Lunatic asylums Punjab 1881-1894 - 1881-1894
Year: 1881
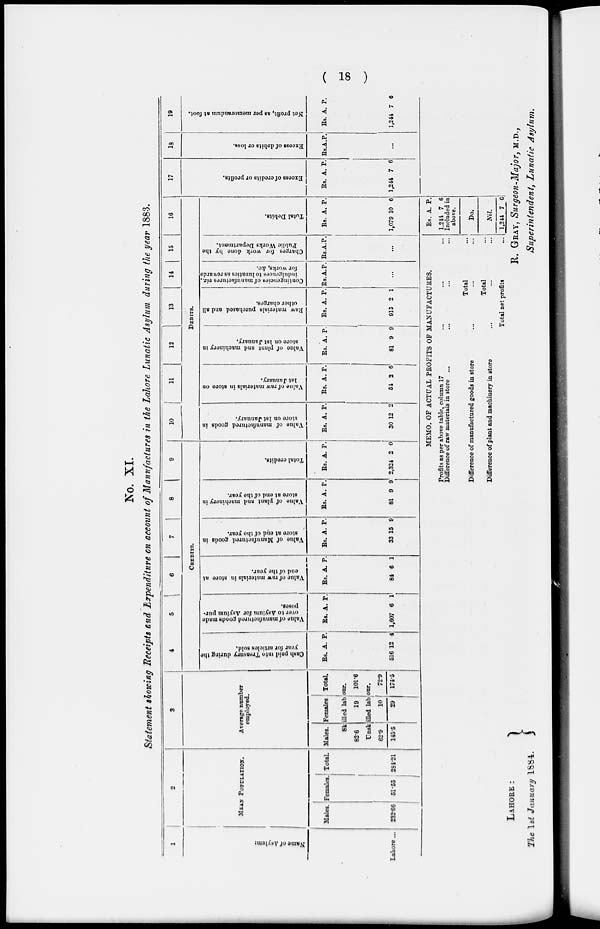
( 18 )
No. XI.
Statement showing Receipts and Expenditure on account of Manufactures in the Lahore Lunatic Asylum during the year 1883.
1
Name of Asylum.
Lahore ...
2
MEAN
POPULATION.
Males.
232.66
Females.
51.55
Total.
284.21
3
Average number
employed.
Males. Females Total.
Skilled labour.
82.6
19
101.6
Unskilled labour.
62.9
145.5
10
29
72.9
174.5
4
5
6
7
8 9
CREDITS.
Cash
paid
into Treasury during the
year for articles sold.
Rs.
516
A.
12
P.
4
Value of manufactured goods made
over to Asylum for Asylum pur-
poses.
Rs.
1,607
A.
6
P.
1
Value of raw
materials in store at
end
of the year.
Rs.
84
A.
6
P.
1
Value of Manufactured goods in
store at end of the year.
Rs.
33
A.
15
P.
9
Value of plant and machinery in
store at end of the year.
Rs.
81
A.
9
P.
9
Total credits.
Rs.
2,324
A.
2
P.
0
10
11
12
13
14
15
16
DEBITS.
Value of manufactured goods in
store on 1st January.
Rs.
30
A.
12
P.
2
Value of raw materials in store on
1st January.
Rs.
54
A.
2
P.
6
Value- of plant and machinery in
store on 1st January.
Rs.
81
A.
9
P.
9
Raw materials purchased and all
other charges.
Rs.
913
A.
2
P.
1
Contingencies of manufactures viz.,
indulgences to l
unat i
cs as rewards
for works, &c.
Rs. A. P.
...
Charges for wo r k d o n e by the
Public Wor ks De pa r
t
me nt .
Rs .A. P.
...
Total Debit
Rs.
1,079
A.
10
P.
6
17
Exess of credits or profit.
Rs.
1,244
A.
7
P.
6
18
Exess of debit or loss.
Rs. A. P.
...
19
Net profit,as per memorandum at foot.
Rs..
1,244
A.
7
P.
6
MEMO. OF ACTUAL PROFITS OF MANUFACTURES.
Profits as per above table, column 17 ... ... ...
Difference of raw materials in store ... ... ... ...
Total ...
Difference of manufactured goods in store ... ... ...
Total ...
Difference of plant and machinery in store ... ... ...
Total net profits ...
Rs.
1,244
A.
7
P.
6
Included in
above.
Do.
Nil.
1,244 7 6
LAHORE :
The 1st January 1884.
R. GRAY, Surgeon-Major, M.D.,
Superintendent, Lunatic Asylum.